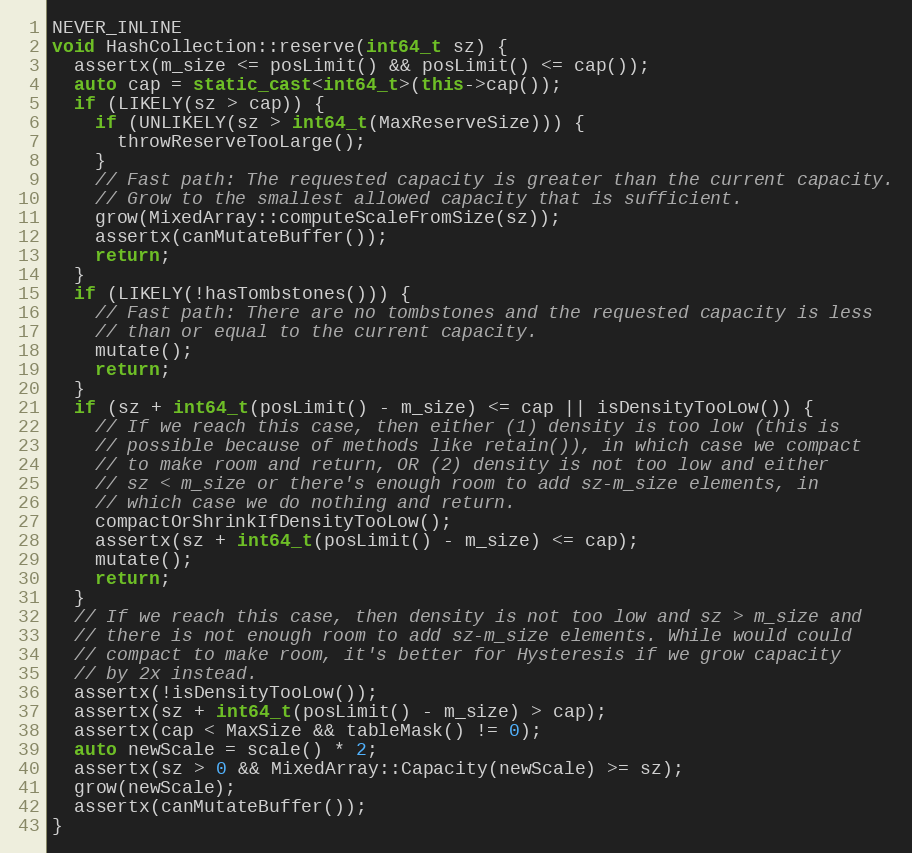
Language: C++
NEVER_INLINE
void HashCollection::reserve(int64_t sz) {
  assertx(m_size <= posLimit() && posLimit() <= cap());
  auto cap = static_cast<int64_t>(this->cap());
  if (LIKELY(sz > cap)) {
    if (UNLIKELY(sz > int64_t(MaxReserveSize))) {
      throwReserveTooLarge();
    }
    // Fast path: The requested capacity is greater than the current capacity.
    // Grow to the smallest allowed capacity that is sufficient.
    grow(MixedArray::computeScaleFromSize(sz));
    assertx(canMutateBuffer());
    return;
  }
  if (LIKELY(!hasTombstones())) {
    // Fast path: There are no tombstones and the requested capacity is less
    // than or equal to the current capacity.
    mutate();
    return;
  }
  if (sz + int64_t(posLimit() - m_size) <= cap || isDensityTooLow()) {
    // If we reach this case, then either (1) density is too low (this is
    // possible because of methods like retain()), in which case we compact
    // to make room and return, OR (2) density is not too low and either
    // sz < m_size or there's enough room to add sz-m_size elements, in
    // which case we do nothing and return.
    compactOrShrinkIfDensityTooLow();
    assertx(sz + int64_t(posLimit() - m_size) <= cap);
    mutate();
    return;
  }
  // If we reach this case, then density is not too low and sz > m_size and
  // there is not enough room to add sz-m_size elements. While would could
  // compact to make room, it's better for Hysteresis if we grow capacity
  // by 2x instead.
  assertx(!isDensityTooLow());
  assertx(sz + int64_t(posLimit() - m_size) > cap);
  assertx(cap < MaxSize && tableMask() != 0);
  auto newScale = scale() * 2;
  assertx(sz > 0 && MixedArray::Capacity(newScale) >= sz);
  grow(newScale);
  assertx(canMutateBuffer());
}